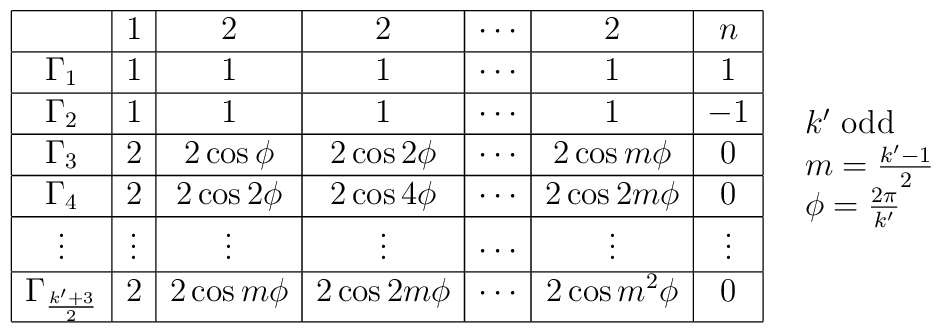
\begin{array}{ll}\begin{array}{|c|c|c|c|c|c|c|}\hline        & 1 & 2 & 2 & \cdots  & 2 & n \\ \hline\Gamma_{1} & 1 & 1 & 1 & \cdots  & 1 & 1 \\ \hline\Gamma_{2} & 1 & 1 & 1 & \cdots  & 1 & -1 \\ \hline\Gamma_{3} & 2 & 2\cos \phi  & 2\cos 2\phi  & \cdots  & 2\cos m\phi  & 0 \\ \hline\Gamma_{4} & 2 & 2\cos 2\phi  & 2\cos 4\phi  & \cdots  & 2\cos 2m\phi  & 0 \\ \hline        \vdots  & \vdots  & \vdots  & \vdots  & \cdots  & \vdots  & \vdots  \\ \hline\Gamma_{\frac{k'+3}{2}} & 2 & 2\cos m\phi  & 2\cos 2m\phi  & \cdots         & 2\cos m^{2}\phi  & 0 \\ \hline\end{array}& \begin{array}{l}k' $ odd$  \\ m=\frac{k'-1}{2} \\ \phi =\frac{2\pi }{k'}\end{array}\end{array}